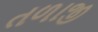
તળાજી